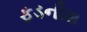
ફડનીશ